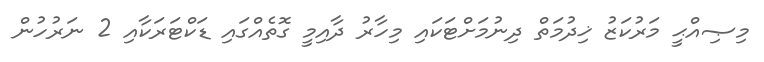
މިޞިއްޙީ މަރުކަޒު ޚިދުމަތް ދިނުމަށްޓަކައި މިހާރު ދާއިމީ ގޮތެއްގައި ޑަކްޓަރަކާއި 2 ނަރުހުން